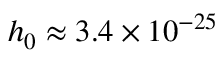
h _ { 0 } \approx 3 . 4 \times 1 0 ^ { - 2 5 }